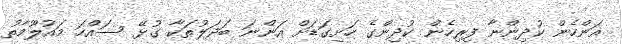
އަންހެން ކުދިންނާ ފިރިހެން ކުދިންގެ ހަށިގަޑަށް އަންނަ ބަދަލުތަކާ ގުޅޭ ސައްހަ މައުލޫމާތު